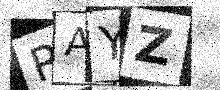
Text: RAYZ